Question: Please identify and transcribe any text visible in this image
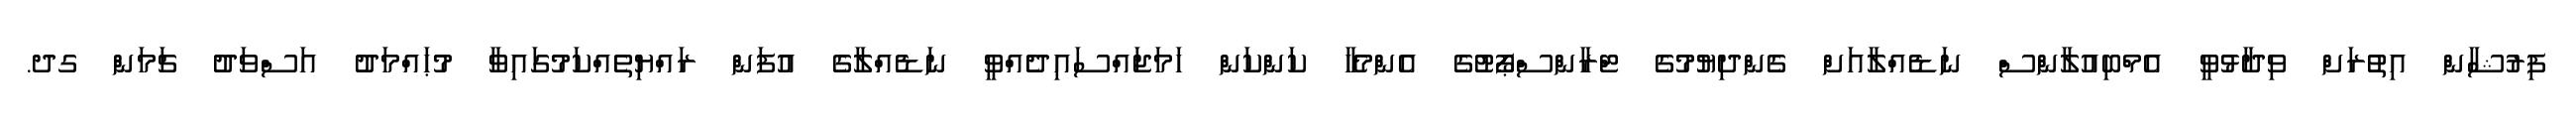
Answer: ފިރުޝާން އިތުރަށް ވިދާޅުވީ އެމްބިއުލާންސް ނަޑެއްލާއަށް ގެންދިޔުމުގެ ޓްރާންސްޕޯޓުގެ އެންމެހާ ކަންކަން ހަމަޖައްސައިދެއްވީ ނަޑެއްލާގެ އުފަން ރައްޔިތެއްކަމުގައިވާ މުޙައްމަދު އަސްވަދު ޗަމަން ގދ.